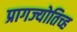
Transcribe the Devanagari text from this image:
प्रागज्योतिच्ह